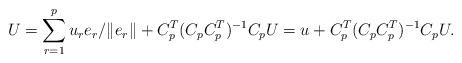
LaTeX: \begin{align*}U = \sum_{r=1}^pu_re_r/\|e_r\| + C_p^T(C_pC_p^T)^{-1}C_p U =u + C_p^T(C_pC_p^T)^{-1}C_p U.\end{align*}